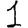
Digit: 1